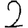
Digit: 2